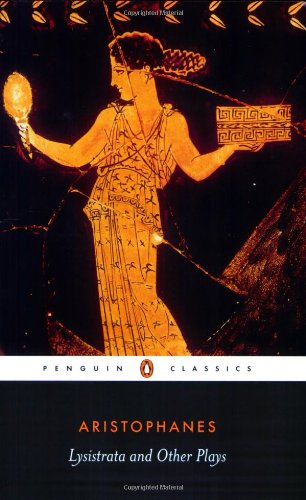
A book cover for Lysistrata and Other Plays (Penguin Classics); Aristophanes; Literature & Fiction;